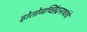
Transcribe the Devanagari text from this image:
होतोमच्छिंद्रनाथांचे